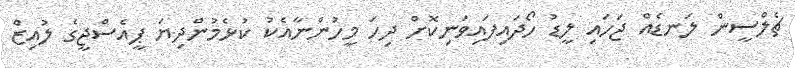
ޗެލްސީން ލަނޑެއް ޖަހައި ލީޑު ހޯދައިފައިވަނިކޮށް ދިހަ މީހުންނާއެކު ކުޅެމުންދިޔަ ޕީއެސްޖީގެ ލުއިޒް